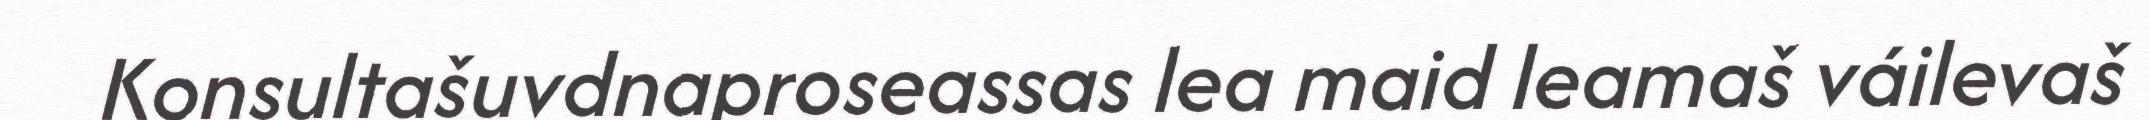
Konsultašuvdnaproseassas lea maid leamaš váilevaš